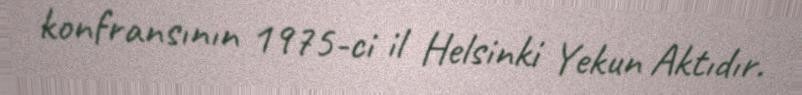
konfransının 1975-ci il Helsinki Yekun Aktıdır.